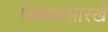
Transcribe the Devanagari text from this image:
बिब्ब्यासारखे